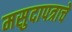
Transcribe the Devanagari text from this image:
मसुदापत्राचे